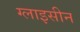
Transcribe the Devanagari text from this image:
ग्लाइसीन